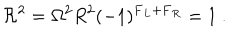
{ \cal R } ^ { 2 } = \Omega ^ { 2 } R ^ { 2 } ( - 1 ) ^ { { \bf F } _ { L } + { \bf F } _ { R } } = 1 \ .